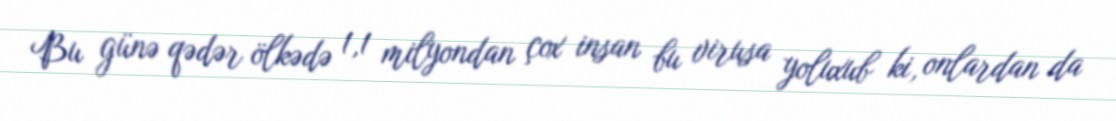
Bu günə qədər ölkədə 1,1 milyondan çox insan bu virusa yoluxub ki, onlardan da